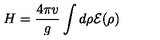
H = \frac { 4 \pi v } { g } \int d \rho \cal { E } ( \rho )